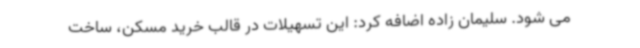
می شود. سلیمان زاده اضافه کرد: این تسهیلات در قالب خرید مسکن، ساخت